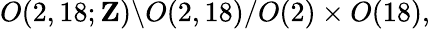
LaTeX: O(2,18;{\mathbf Z})\backslash O(2,18)/O(2)\times O(18),